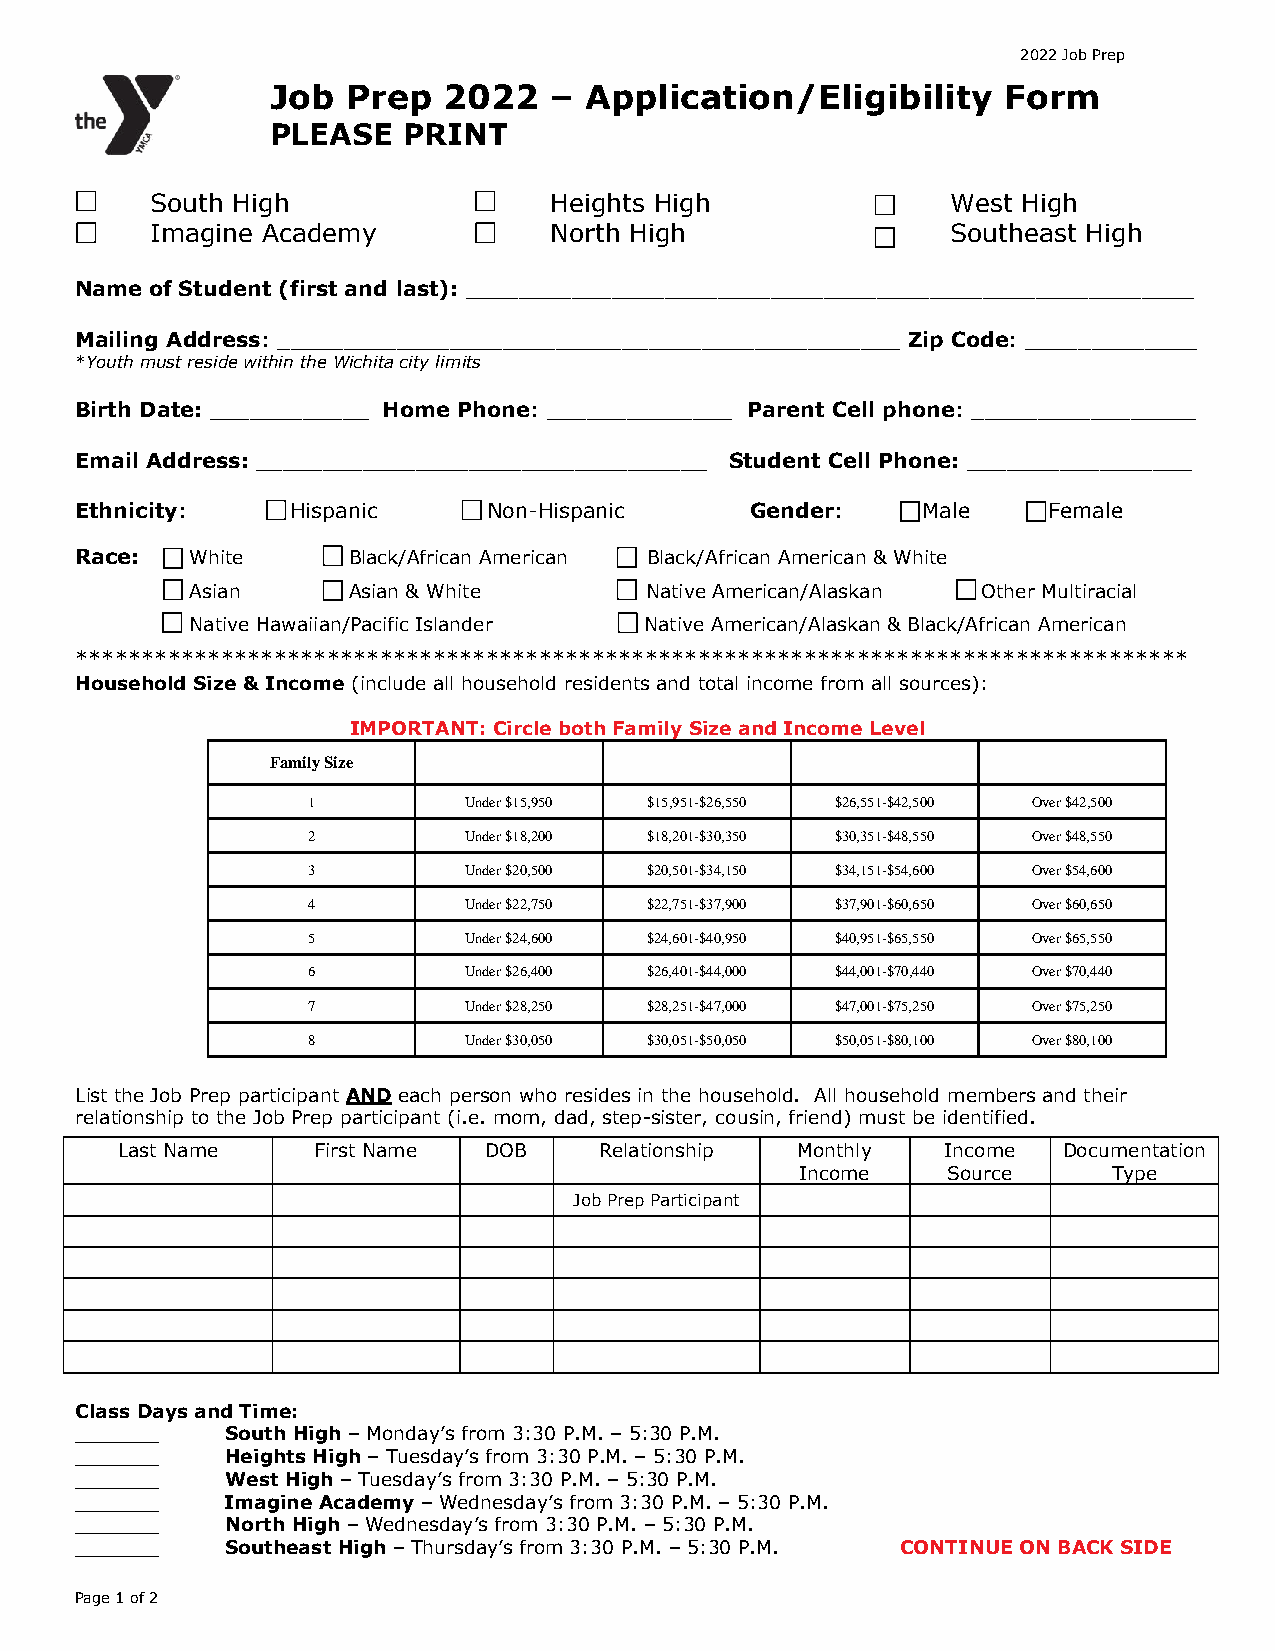
2022 Job Prep
 Job  Prep  2022   –  Application/Eligibility    Form
 PLEASE   PRINT
 South High                Heights High               West High
 Imagine Academy           North High                 Southeast High
 Name of Student (first and last): _______________________________________________________
 Mailing Address: _______________________________________________ Zip Code: _____________
 *Youth must reside within the Wichita city limits
 Birth Date: ____________ Home Phone: ______________ Parent Cell phone: _________________
 Email Address: __________________________________ Student Cell Phone: _________________
 Ethnicity:    Hispanic     Non-Hispanic      Gender:    Male    Female
 Race:   White     Black/African American Black/African American & White
 Asian     Asian & White       Native American/Alaskan Other Multiracial
 Native Hawaiian/Pacific Islander Native American/Alaskan & Black/African American
 ************************************************************************************
 Household Size & Income (include all household residents and total income from all sources):
 IMPORTANT: Circle both Family Size and Income Level
 Family Size
 1          Under $15,950 $15,951-$26,550 $26,551-$42,500 Over $42,500
 2          Under $18,200 $18,201-$30,350 $30,351-$48,550 Over $48,550
 3          Under $20,500 $20,501-$34,150 $34,151-$54,600 Over $54,600
 4          Under $22,750 $22,751-$37,900 $37,901-$60,650 Over $60,650
 5          Under $24,600 $24,601-$40,950 $40,951-$65,550 Over $65,550
 6          Under $26,400 $26,401-$44,000 $44,001-$70,440 Over $70,440
 7          Under $28,250 $28,251-$47,000 $47,001-$75,250 Over $75,250
 8          Under $30,050 $30,051-$50,050 $50,051-$80,100 Over $80,100
 List the Job Prep participant AND each person who resides in the household. All household members and their
 relationship to the Job Prep participant (i.e. mom, dad, step-sister, cousin, friend) must be identified.
 Last Name    First Name DOB     Relationship Monthly   Income Documentation
 Income    Source     Type
 Job Prep Participant
 Class Days and Time:
 _______   South High – Monday’s from 3:30 P.M. – 5:30 P.M.
 _______   Heights High – Tuesday’s from 3:30 P.M. – 5:30 P.M.
 _______   West High – Tuesday’s from 3:30 P.M. – 5:30 P.M.
 _______   Imagine Academy – Wednesday’s from 3:30 P.M. – 5:30 P.M.
 _______   North High – Wednesday’s from 3:30 P.M. – 5:30 P.M.
 _______   Southeast High – Thursday’s from 3:30 P.M. – 5:30 P.M. CONTINUE ON BACK SIDE
 Page 1 of 2